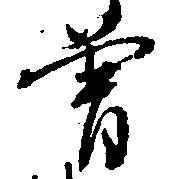
曽